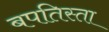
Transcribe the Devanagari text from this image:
बपतिस्ता